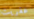
عفريت